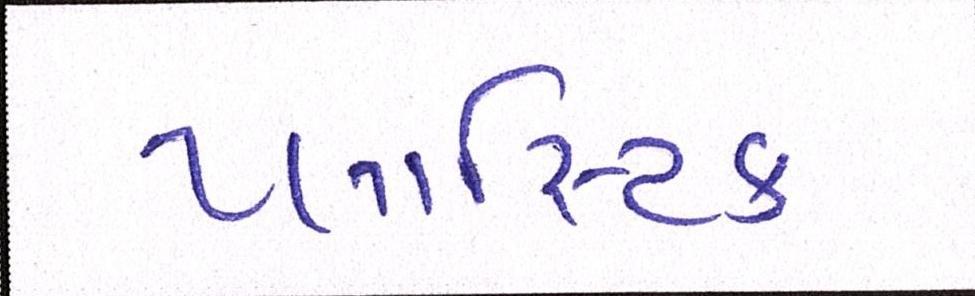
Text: પ્લાસ્ટિક